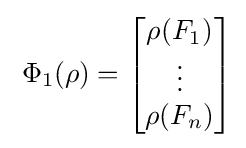
\;\Phi _{1}(\rho )={\begin{bmatrix}\rho (F_{1})\\\vdots \\\rho (F_{n})\end{bmatrix}}